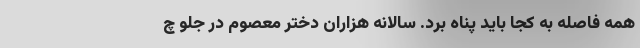
همه فاصله به کجا باید پناه برد. سالانه هزاران دختر معصوم در جلو چ